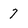
Character: 7